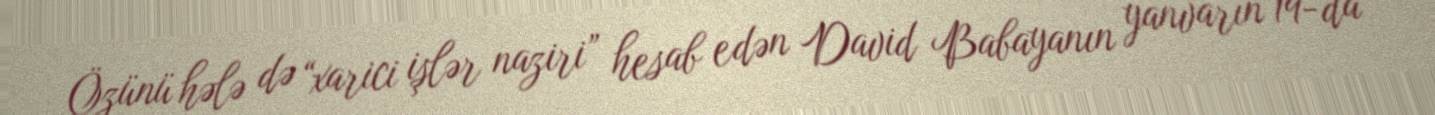
Özünü hələ də “xarici işlər naziri” hesab edən David Babayanın yanvarın 19-da